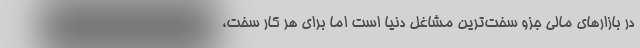
در بازارهای مالی جزو سخت‌ترین مشاغل دنیا است اما برای هر کار سخت،